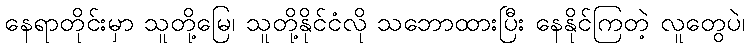
နေရာတိုင်းမှာ သူတို့မြေ၊ သူတို့နိုင်ငံလို သဘောထားပြီး နေနိုင်ကြတဲ့ လူတွေပဲ၊